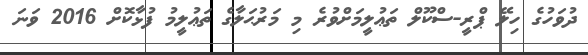
ދުވަހުގެ ހިލޭ ޕްރީ-ސްކޫލް ތަޢުލީމަށްވުރެ މި މަރުޙަލާގެ ތަޢުލީމު ފުޅާކޮށް 2016 ވަނަ